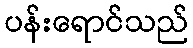
ပန်းရောင်သည်